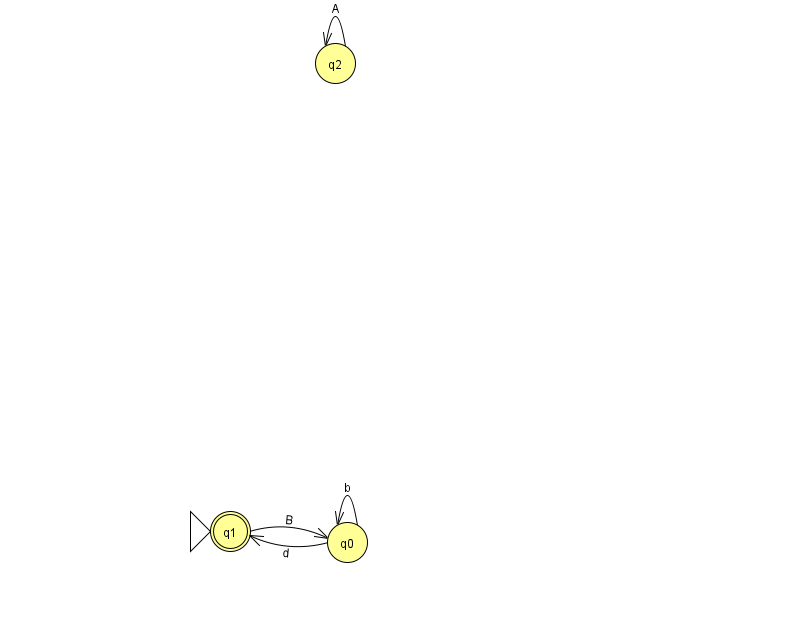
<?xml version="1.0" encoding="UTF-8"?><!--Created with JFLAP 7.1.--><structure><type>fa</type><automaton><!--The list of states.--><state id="0" name="q0"><x>347.0</x><y>529.0</y></state><state id="1" name="q1"><x>230.0</x><y>518.0</y><initial/><final/></state><state id="2" name="q2"><x>335.0</x><y>50.0</y></state><!--The list of transitions.--><transition><from>2</from><to>2</to><read>A</read></transition><transition><from>0</from><to>0</to><read>b</read></transition><transition><from>0</from><to>1</to><read>d</read></transition><transition><from>1</from><to>0</to><read>B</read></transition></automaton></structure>